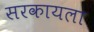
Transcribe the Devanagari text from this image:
सरकायला